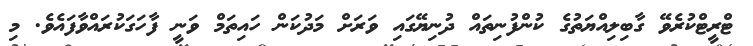
ޓްރީޓްކުރެވޭ ގާބިލިއްޔަތުގެ ކުންފުނިތައް ދުނިޔޭގައި ވަރަށް މަދުކަން ހައިތަމް ވަނީ ފާހަގަކުރައްވާފައެވެ. މި